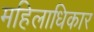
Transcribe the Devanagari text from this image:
महिलाधिकार